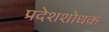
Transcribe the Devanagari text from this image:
प्रदेशशोधक